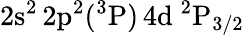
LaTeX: \mathrm{2s^{2}\, 2p^{2}(^{3}P)\, 4d~^{2}P_{3/2}}